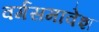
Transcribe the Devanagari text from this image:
वर्गसमावेश